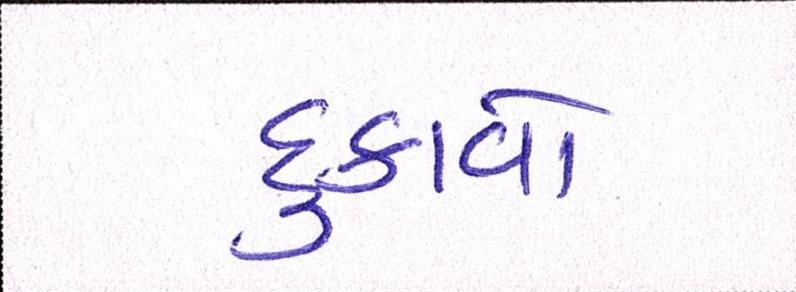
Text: દુઃકાવો